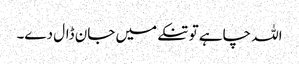
اللہ چاہے تو تنکے میں جان ڈال دے۔